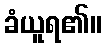
ခံယူရ၏။